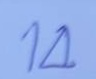
14